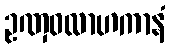
ဥဏှဝလာဟကာနံ